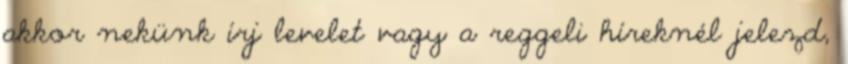
akkor nekünk írj levelet vagy a reggeli híreknél jelezd,